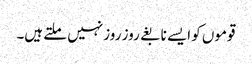
قوموں کو ایسے نابغے روز روز نہیں ملتے ہیں۔